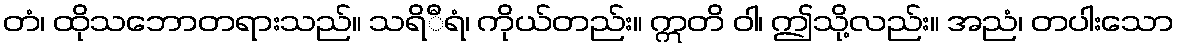
တံ၊ ထိုသဘောတရားသည်။ သရိီရံ၊ ကိုယ်တည်း။ ဣတိ ဝါ၊ ဤသို့လည်း။ အညံ၊ တပါးသော